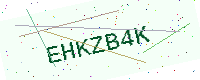
Text: EHKZB4K